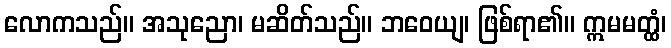
လောကသည်။ အသုညော၊ မဆိတ်သည်။ ဘဝေယျ၊ ဖြစ်ရာ၏။ ဣမမတ္ထံ၊